Civil Veterinary Department. Madras. Admin. report 1910-25 - 1910-1925
Year: 1910
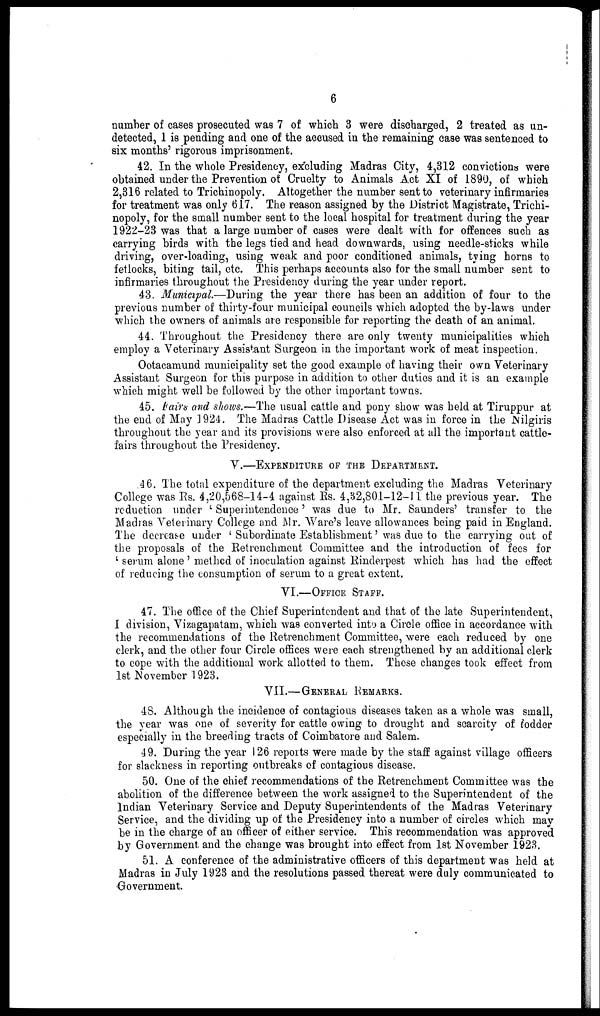
6
number of cases prosecuted was 7 of which 3 were discharged, 2 treated as un-
detected, 1 is pending and one of the accused in the remaining ease was sentenced to
six months' rigorous imprisonment.
42. In the whole Presidency, excluding Madras City, 4,312 convictions were
obtained under the Prevention of Cruelty to Animals Act XI of 1890, of which
2,316 related to Trichinopoly. Altogether the number sent to veterinary infirmaries
for treatment was only 617. The reason assigned by the District Magistrate, Trichi-
nopoly, for the small number sent to the local hospital for treatment during the year
1922-23 was that a large Dumber of cases were dealt with for offences such as
carrying birds with the legs tied and head downwards, using needle-sticks while
driving, over-loading, using weak and poor conditioned animals, tying horns to
fetlocks, biting tail, etc. This perhaps accounts also for the small number sent to
infirmaries throughout the Presidency during the year under report.
43. Municipal.—During the year there has been an addition of four to the
previous number of thirty-four municipal councils which adopted the by-laws under
which the owners of animals are responsible for reporting the death of an animal.
44. Throughout the Presidency there are only twenty municipalities which
employ a Veterinary Assistant Surgeon in the important work of meat inspection,
Ootacamund municipality set the good example of having their own Veterinary
Assistant Surgeon for this purpose in addition to other duties and it is an example
which might well be followed by the other important towns.
45. Fairs arid shows.—The usual cattle and pony show was held at Tiruppur at
the end of May 1924. The Madras Cattle Disease Act was in force in the Nilgiris
throughout the year and its provisions were also enforced at all the important cattle-
fairs throughout the Presidency.
V.—EXPENDITURE OF THE DEPARTMENT.
46. The total expenditure of the department excluding the Madras Veterinary
College was Rs. 4,20,568-14-4 against Rs. 4,52,801-12-11 the previous year. The
reduction under 'Superintendence' was due to Mr. Saunders' transfer to the
Madras Veterinary College and Mr. Ware's leave allowances being paid in England.
The decrease under 'Subordinate Establishment' was due to the carrying out of
the proposals of the Retrenchment Committee and the introduction of fees for
'serum alone' method of inoculation against Rinderpest which has had the effect
of reducing the consumption of serum to a great extent.
VI.—OFFICE STAFF.
47. The office of the Chief Superintendent and that of the late Superintendent,
I division, Vizagapatam, which was converted into a Circle office in accordance with
the recommendations of the Retrenchment Committee, were each reduced by one
clerk, and the other four Circle offices were each strengthened by an additional clerk
to cope with the additional work allotted to them. These changes took effect from
1st November 1923.
VII.—GENERAL REMARKS.
48. Although the incidence of contagious diseases taken as a whole was small,
the year was one of severity for cattle owing to drought and scarcity of fodder
especially in the breeding tracts of Coimbatore and Salem.
49. During the year 126 reports were made by the staff against village officers
for slackness in reporting outbreaks of contagious disease.
50. One of the chief recommendations of the Retrenchment Committee was the
abolition of the difference between the work assigned to the Superintendent of the
Indian Veterinary Service and Deputy Superintendents of the Madras Veterinary
Service, and the dividing up of the Presidency into a number of circles which may
be in the charge of an officer of either service. This recommendation was approved
by Government and the change was brought into effect from 1st November 1923.
51. A conference of the administrative officers of this department was held at
Madras in July 1923 and the resolutions passed thereat were duly communicated to
Government.